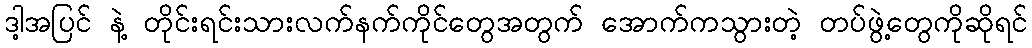
ဒါ့အပြင် နဲ့ တိုင်းရင်းသားလက်နက်ကိုင်တွေအတွက် အောက်ကသွားတဲ့ တပ်ဖွဲ့တွေကိုဆိုရင်